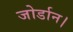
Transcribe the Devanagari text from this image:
जोर्डान।